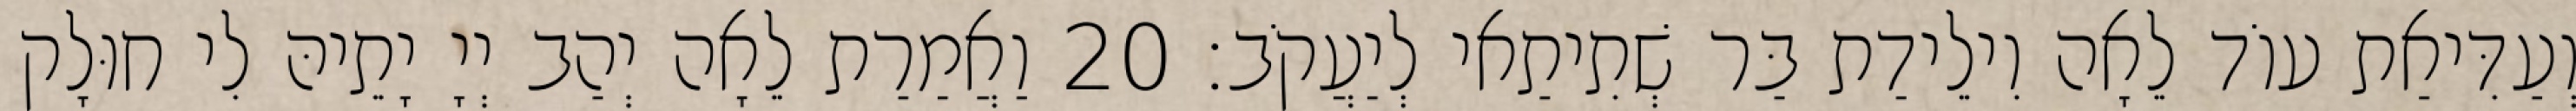
וְעַדִּיאַת עוֹד לֵאָה וִילֵידַת בַּר שְׁתִיתַאי לְיַעֲקֹב׃ 20 וַאֲמַרַת לֵאָה יְהַב יְיָ יָתֵיהּ לִי חוּלָק